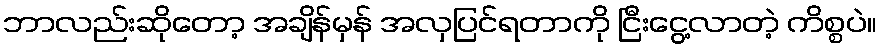
ဘာလည်းဆိုတော့ အချိန်မှန် အလှပြင်ရတာကို ငြီးငွေ့လာတဲ့ ကိစ္စပဲ။